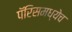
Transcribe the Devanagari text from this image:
पॅरिसमध्येच